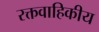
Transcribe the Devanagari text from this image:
रक्तवाहिकीय